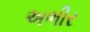
અભીર